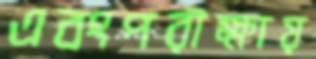
এবংপরীক্ষায়